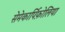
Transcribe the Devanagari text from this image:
सेमेकार्पिफ़ोलिया